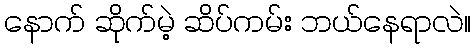
နောက် ဆိုက်မဲ့ ဆိပ်ကမ်း ဘယ်နေရာလဲ။